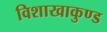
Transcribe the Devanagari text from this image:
विशाखाकुण्ड